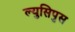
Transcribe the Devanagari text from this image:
ल्युसिपुस